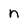
Character: n